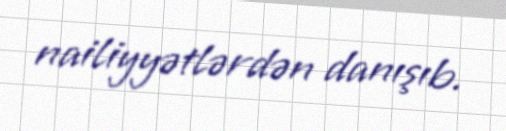
nailiyyətlərdən danışıb.